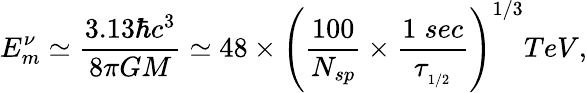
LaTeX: E_{m}^{\nu}\simeq\frac{3.13\hbar c^{3}}{8\pi GM}\simeq 48\times\left(\frac{100}{N_{sp}}\times\frac{1\; sec}{\tau_{_{1/2}}}\right)^{1/3}TeV,